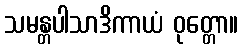
သမန္တပါသာဒိကာယံ ဝုတ္တော။